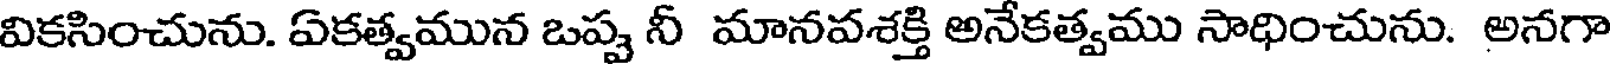
వికసించును. ఏకత్వమున ఒప్ప నీ మానవశక్తి అనేకత్వము సాధించును. అనగా